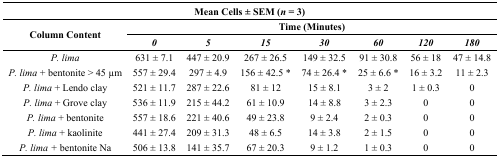
| <COLSPAN=8> Mean Cells ± SEM (n = 3) |
 | <ROWSPAN=2> Column Content | <COLSPAN=7> Time (Minutes) |
 | 0 | 5 | 15 | 30 | 60 | 120 | 180 |
 | --- | --- | --- | --- | --- | --- | --- | --- |
 | P. lima | 631 ± 7.1 | 447 ± 20.9 | 267 ± 26.5 | 149 ± 32.5 | 91 ± 30.8 | 56 ± 18 | 47 ± 14.8 |
 | P. lima + bentonite > 45 μm | 557 ± 29.4 | 297 ± 4.9 | 156 ± 42.5 * | 74 ± 26.4 * | 25 ± 6.6 * | 16 ± 3.2 | 11 ± 2.3 |
 | P. lima + Lendo clay | 521 ± 11.7 | 287 ± 22.6 | 81 ± 12 | 15 ± 8.1 | 3 ± 2 | 1 ± 0.3 | 0 |
 | P. lima + Grove clay | 536 ± 11.9 | 215 ± 44.2 | 61 ± 10.9 | 14 ± 8.8 | 3 ± 2.3 | 0 | 0 |
 | P. lima + bentonite | 557 ± 18.6 | 221 ± 40.6 | 49 ± 23.8 | 9 ± 2.4 | 2 ± 0.3 | 0 | 0 |
 | P. lima + kaolinite | 441 ± 27.4 | 209 ± 31.3 | 48 ± 6.5 | 14 ± 3.8 | 2 ± 1.5 | 0 | 0 |
 | P. lima + bentonite Na | 506 ± 13.8 | 141 ± 35.7 | 67 ± 20.3 | 9 ± 1.2 | 1 ± 0.3 | 0 | 0 |